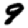
Digit: 9